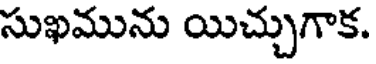
సుఖమును యిచ్చుగాక.